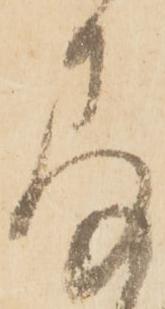
存